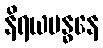
နိရယဗန္ဓနေ